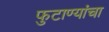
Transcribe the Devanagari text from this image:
फुटाण्यांचा